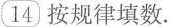
14按规律填数.